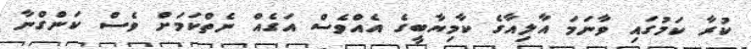
ކުރާ ކަމުގައި ވާނަމަ އާލިއާގެ ކާމިޔާބީގެ އެއްވެސް އަގެއް ނެތްކަމަށް ވެސް ކަންގްނާ